Investigations into the jail dietaries of the United Provinces with some observations on the influence of dietary on the physical development and well-being of the people of the United Provinces - Number 48
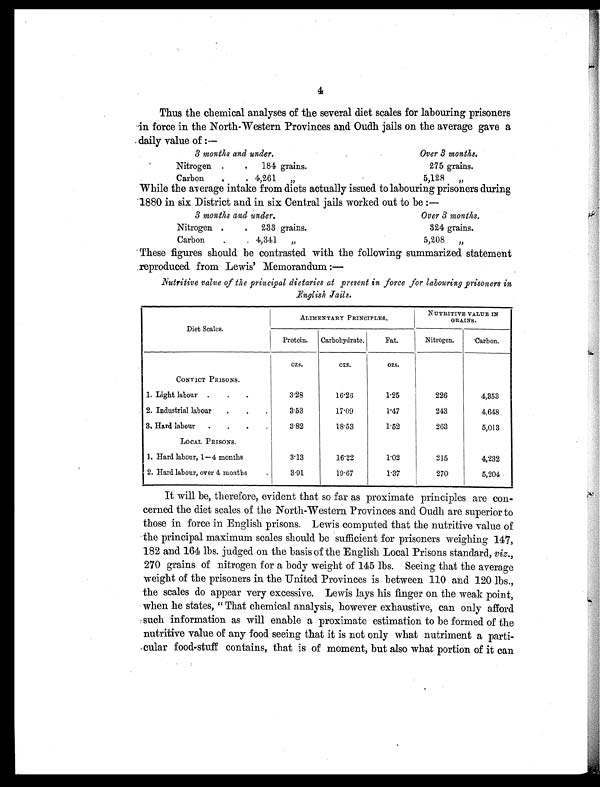
4
Thus the chemical analyses of the several diet scales for labouring prisoners
in force in the North-Western Provinces and Oudh jails on the average gave a
daily value of :—
3 months and under.
Over 3 months.
Nitrogen .
. 184 grains.
275 grains.
Carbon
. . 4,261
„
5,128 „
While the average intake from diets actually issued to labouring prisoners during
1880 in six District and in six Central jails worked out to be :—
3 months and under.
Over 3 months.
Nitrogen .
. 233 grains.
324 grains.
Carbon
.
. 4,341 „
5,208 „
These figures should be contrasted with the following summarized statement
reproduced from Lewis' Memorandum :
—
Nutritive value of the principal dietaries at present in force for labouring prisoners in
English Jails.
Diet Scales.
ALIMENTARY PRINCIPLES.
NUTRITIVE VALUE IN
GRAINS.
Protein. Carbohydrate.
Fat.
Nitrogen.
Carbon.
ozs.
ozs.
ozs.
CONVICT PRISONS.
1. Light labour .
.
.
3.28
16.26
1.25
226
4,353
2. Industrial labour .
.
.
3.53
17.09
1.47
243
4,648
3. Hard labour .
.
.
.
3.82
18.53
1.52
263
5,013
LOCAL PRISONS.
1. Hard labour, 1—4 months
3.13
16.22
1.02
215
4,232
2. Hard labour, over 4 months
.
3.91
19.67
1.37
270
5,204
It will be, therefore, evident that so far as proximate principles are con-
cerned the diet scales of the North-Western Provinces and Oudh are superior to
those in force in English prisons. Lewis computed that the nutritive value of
the principal maximum scales should be sufficient for prisoners weighing 147,
182 and 164 lbs. judged on the basis of the English Local Prisons standard, viz.,
270 grains of nitrogen for a body weight of 145 lbs. Seeing that the average
weight of the prisoners in the United Provinces is between 110 and 120 lbs.,
the scales do appear very excessive. Lewis lays his finger on the weak point,
when he states, " That chemical analysis, however exhaustive, can only afford
such information as will enable a proximate estimation to be formed of the
nutritive value of any food seeing that it is not only what nutriment a parti-
cular food-stuff contains, that is of moment, but also what portion of it can